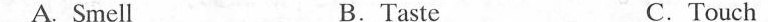
A. Smell B.Taste C.Touch